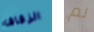
الزقاق لم